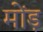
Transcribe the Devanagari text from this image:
मोंड़